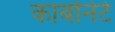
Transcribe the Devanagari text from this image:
कार्बोनेटे